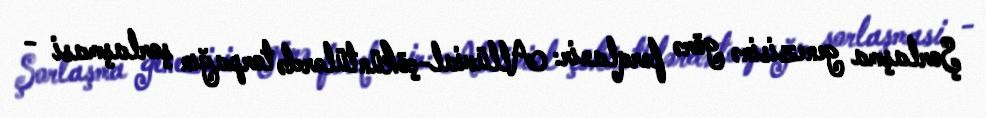
Şorlaşma genezisinə görə fərqlanir: Allüvial-çöküntülərdə torpağın şorlaşmasi -